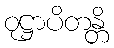
ဝုဋ္ဌာပိတန္တိ